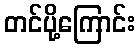
တင်ပို့ကြောင်း